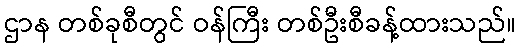
ဌာန တစ်ခုစီတွင် ဝန်ကြီး တစ်ဦးစီခန့်ထားသည်။